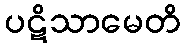
ပဋိသာမေတိ